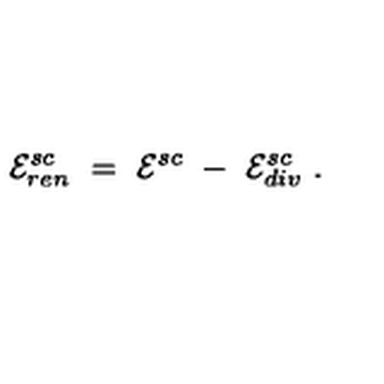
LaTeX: { \cal E } _ { r e n } ^ { s c } \ = \ { \cal E } ^ { s c } \ - \ { \cal E } _ { d i v } ^ { s c } \ .